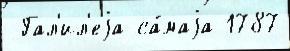
 Гал'ил'еjа са́маjа 1787